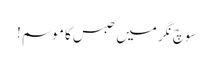
سوچ نگر میں حبس کا موسم !